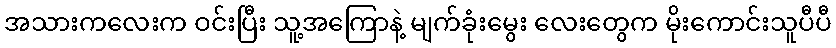
အသားကလေးက ဝင်းပြီး သူ့အကြောနဲ့ မျက်ခုံးမွေး လေးတွေက မိုးကောင်းသူပီပီ